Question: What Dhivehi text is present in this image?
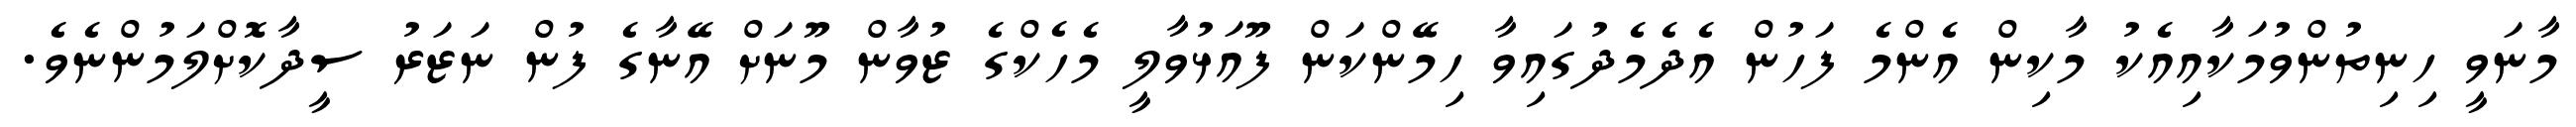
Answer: މާނަވީ ހިނިތުންވުމަކާއިއެކު މާކިން އެންމެ ފަހުން އެދެމެދުގައިވާ ހިމޭންކަން ފޫއަޅުވާލީ މެހެކްގެ ޒުވާން މޫނަށް އޭނާގެ ފުން ނަޒަރު ސީދާކޮށްލަމުންނެވެ.